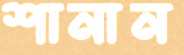
শানান